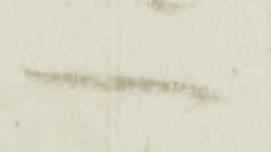
へ